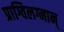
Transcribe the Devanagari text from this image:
प्राग्विलग्नान्